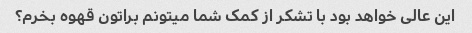
این عالی خواهد بود با تشکر از کمک شما میتونم براتون قهوه بخرم؟